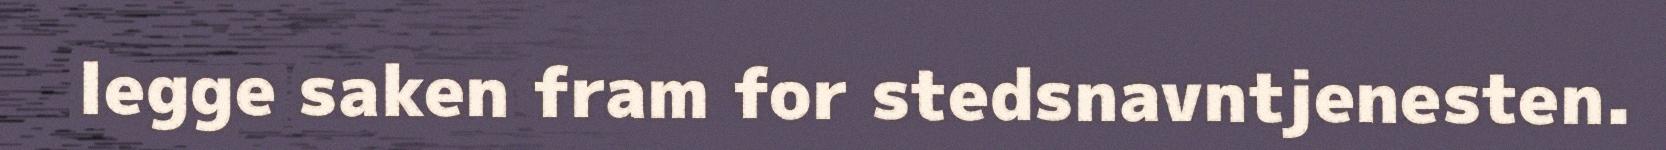
legge saken fram for stedsnavntjenesten.